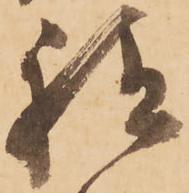
祗